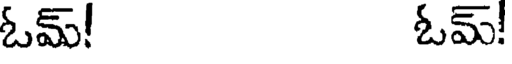
ఓమ్! ఓమ్!